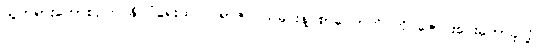
သူတရားဟောစဉ်က နိုင်ငံရေးထက် ရာဇဝင်သမိုင်းနဲ့ စာပေဘက် ကို ဇောင်းပေးဟောခဲ့လို့